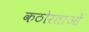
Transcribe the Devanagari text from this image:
कठोरताओं